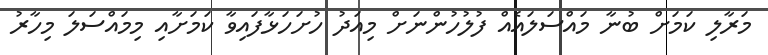
މަރާލި ކަމަށް ބުނާ މައްސަލައެއް ފުލުހުންނަށް މިއަދު ހުށަހަޅާފައިވާ ކަމަށާއި މިމައްސަލަ މިހާރު